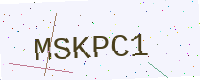
Text: MSKPC1